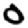
Digit: 0